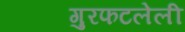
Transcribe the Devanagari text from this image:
गुरफटलेली